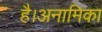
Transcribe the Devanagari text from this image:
है।अनामिका